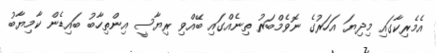
އެމެރިކާގައި މިދިޔަ އަހަރުގެ ނޮވެމްބަރު ތިނެއްގައި ބޭއްވި ރިޔާސީ އިންތިހާބު ބައިޑެން ކާމިޔާބު